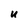
Character: u